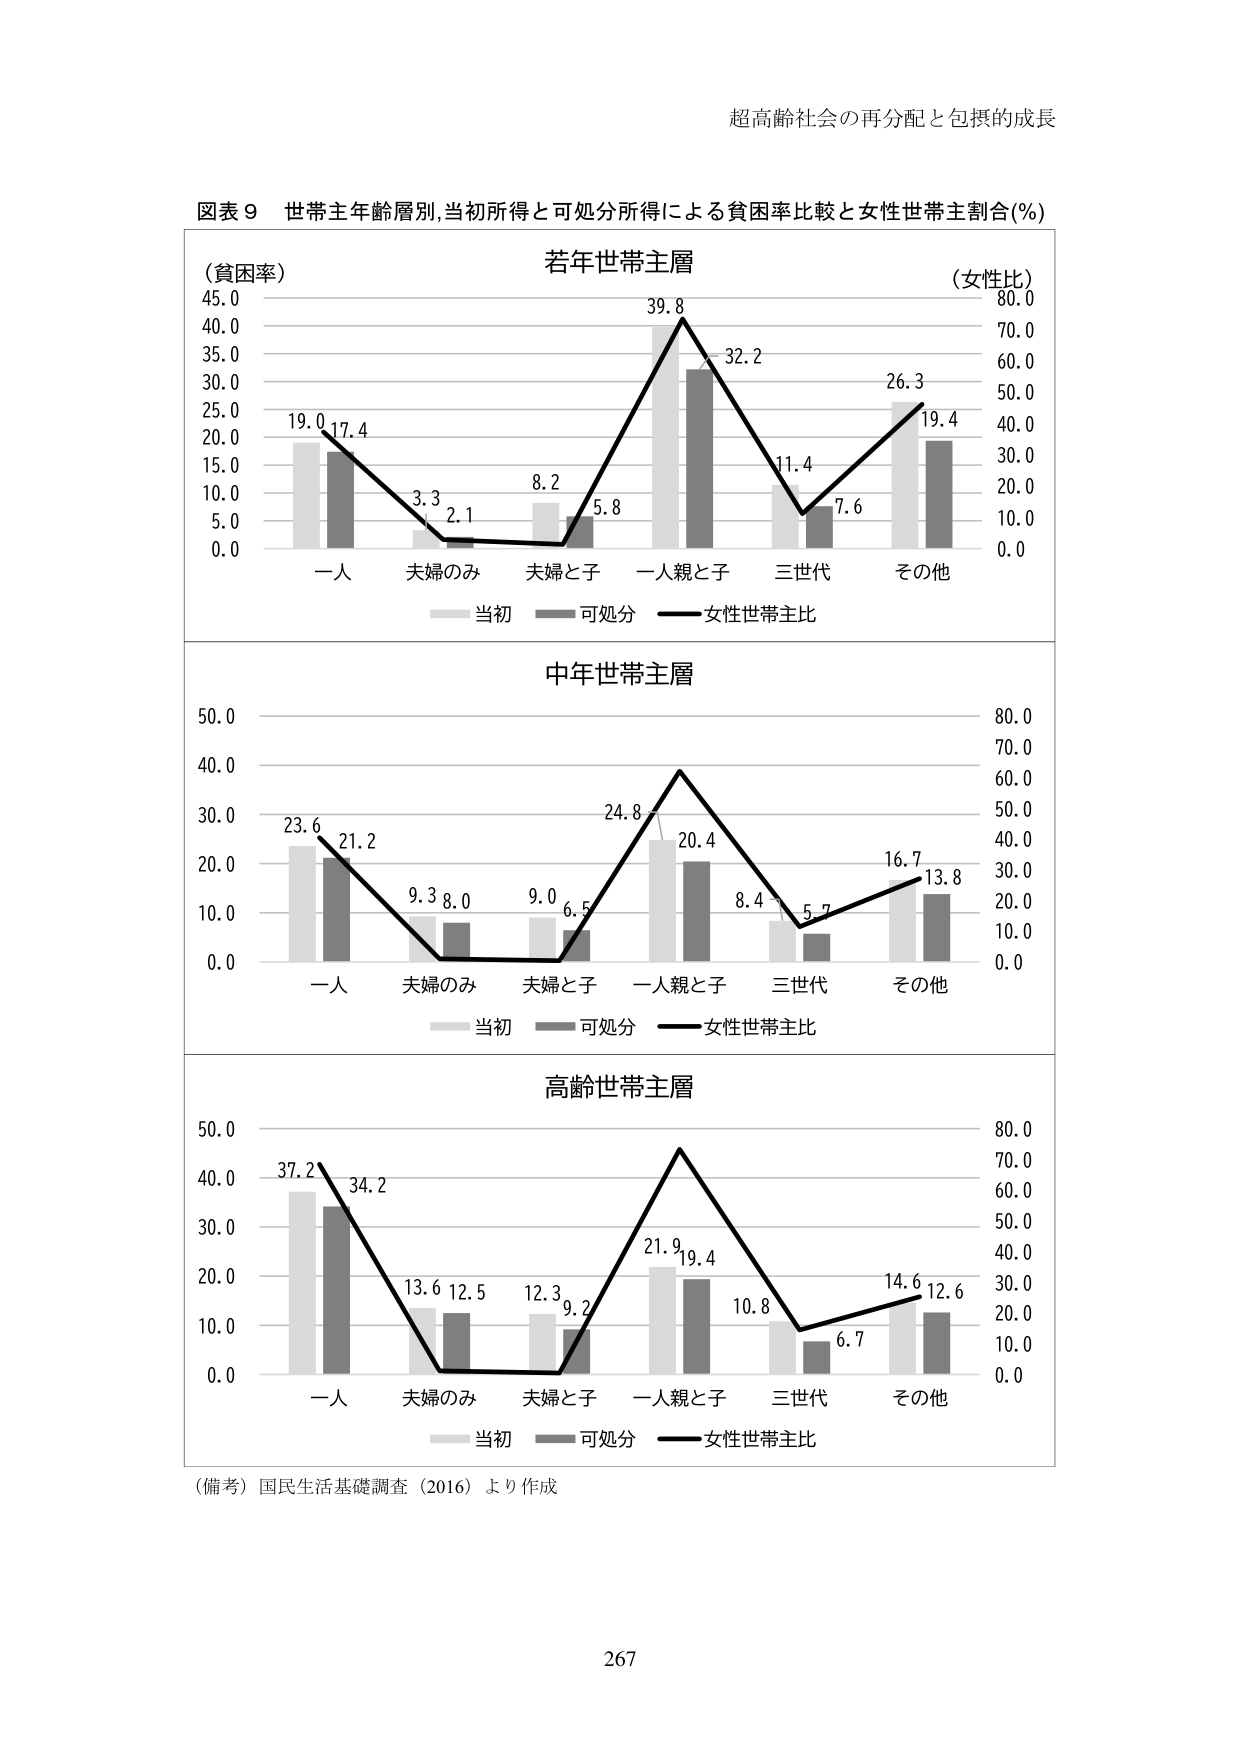
超高齢社会の再分配と包摂的成長

図表９ 世帯主年齢層別,当初所得と可処分所得による貧困率比較と女性世帯主割合(%)

（貧困率） 若年世帯主層 （女性比）
45.0
40.0
35.0
30.0
25.0
20.0
15.0
10.0
5.0
0.0
19.0 17.4
3.3 2.1
8.2 5.8
39.8
32.2
11.4 7.6
26.3 19.4
一人 夫婦のみ 夫婦と子 一人親と子 三世代 その他
当初 可処分 女性世帯主比
80.0
70.0
60.0
50.0
40.0
30.0
20.0
10.0
0.0

中年世帯主層
50.0
40.0
30.0
20.0
10.0
0.0
23.6 21.2
9.3 8.0
9.0 6.5
24.8 20.4
8.4 5.7
16.7 13.8
一人 夫婦のみ 夫婦と子 一人親と子 三世代 その他
当初 可処分 女性世帯主比
80.0
70.0
60.0
50.0
40.0
30.0
20.0
10.0
0.0

高齢世帯主層
50.0
40.0
30.0
20.0
10.0
0.0
37.2 34.2
13.6 12.5
12.3 9.2
21.9 19.4
10.8 6.7
14.6 12.6
一人 夫婦のみ 夫婦と子 一人親と子 三世代 その他
当初 可処分 女性世帯主比
80.0
70.0
60.0
50.0
40.0
30.0
20.0
10.0
0.0

（備考）国民生活基礎調査（2016）より作成

267